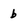
Character: b